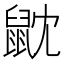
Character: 𪔽